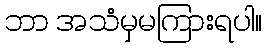
ဘာ အသံမှမကြားရပါ။